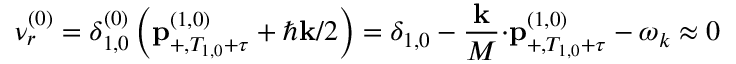
\nu _ { r } ^ { \left( 0 \right) } = \delta _ { 1 , 0 } ^ { \left( 0 \right) } \left( \mathbf { p } _ { + , T _ { 1 , 0 } + \tau } ^ { \left( 1 , 0 \right) } + \hbar \mathbf { k } / 2 \right) = \delta _ { 1 , 0 } - \frac { \mathbf { k } } { M } \mathbf { \cdot p } _ { + , T _ { 1 , 0 } + \tau } ^ { \left( 1 , 0 \right) } - \omega _ { k } \approx 0